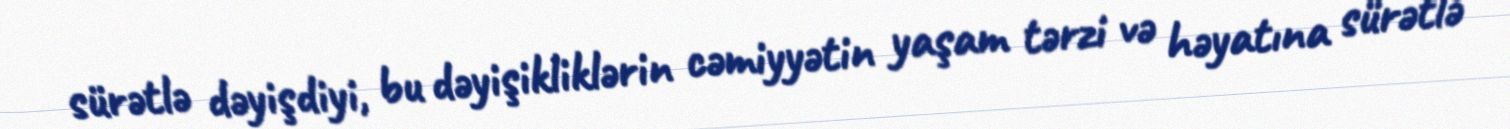
sürətlə dəyişdiyi, bu dəyişikliklərin cəmiyyətin yaşam tərzi və həyatına sürətlə